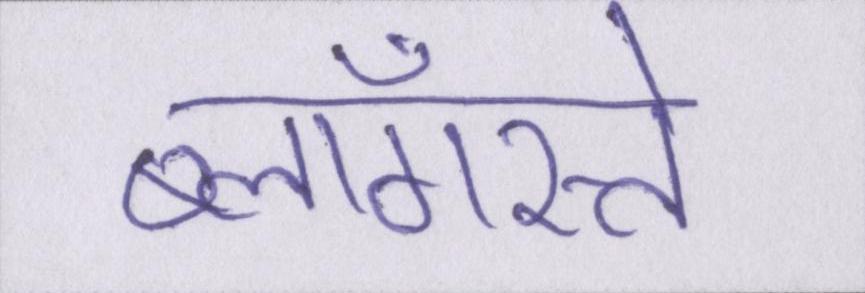
ब्लॉगस्ते